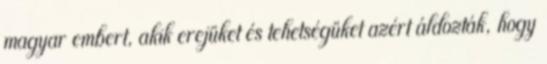
magyar embert, akik erejüket és tehetségüket azért áldozták, hogy